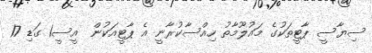
ސިޔާސީ ޕާޓީތަކުގެ މައުލޫމާތު ހިއްސާކުރާނީ އެ ޕާޓީއަކުން  އީސީ1 ގަޑި 17